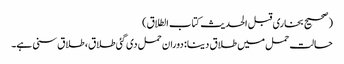
(صحیح بخاری قبل الحدیث کتاب الطلاق)
حالت حمل میں طلاق دینا: دوران حمل دی گئی طلاق، طلاق سنی ہے۔